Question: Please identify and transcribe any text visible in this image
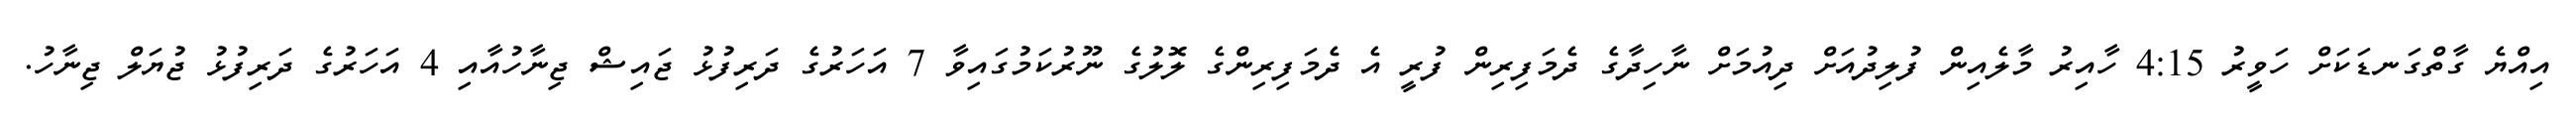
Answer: އިއްޔެ ގާތްގަނޑަކަށް ހަވީރު 4:15 ހާއިރު މާލެއިން ފުލިދުއަށް ދިއުމަށް ނާހިދާގެ ދެމަފިރިން ފުރީ އެ ދެމަފިރިންގެ ލޮލުގެ ނޫރުކަމުގައިވާ 7 އަހަރުގެ ދަރިފުޅު ޖައިޝް ޖިނާހުއާއި 4 އަހަރުގެ ދަރިފުޅު ޖުޔަލް ޖިނާހު.